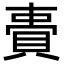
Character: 䝴